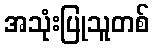
အသုံးပြုသူတစ်